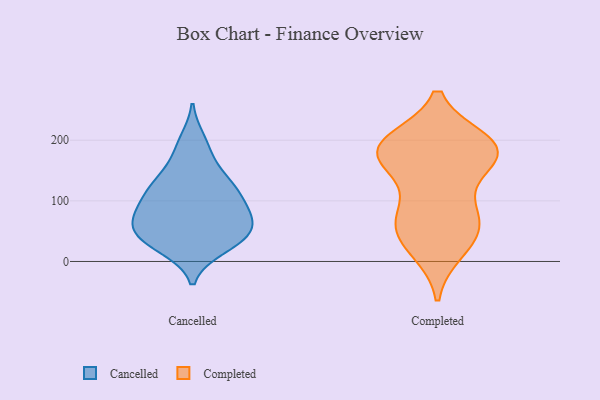
{"axis": {"x": "Headcount", "y": "Value"}, "legend": ["Cancelled", "Completed"], "data": [{"x": "", "y": 139, "type": "Cancelled"}, {"x": "", "y": 27, "type": "Cancelled"}, {"x": "", "y": 36, "type": "Cancelled"}, {"x": "", "y": 51, "type": "Cancelled"}, {"x": "", "y": 60, "type": "Cancelled"}, {"x": "", "y": 102, "type": "Cancelled"}, {"x": "", "y": 71, "type": "Cancelled"}, {"x": "", "y": 23, "type": "Cancelled"}, {"x": "", "y": 42, "type": "Cancelled"}, {"x": "", "y": 70, "type": "Cancelled"}, {"x": "", "y": 145, "type": "Cancelled"}, {"x": "", "y": 115, "type": "Cancelled"}, {"x": "", "y": 199, "type": "Cancelled"}, {"x": "", "y": 85, "type": "Cancelled"}, {"x": "", "y": 119, "type": "Cancelled"}, {"x": "", "y": 184, "type": "Cancelled"}, {"x": "", "y": 78, "type": "Cancelled"}, {"x": "", "y": 116, "type": "Cancelled"}, {"x": "", "y": 41, "type": "Cancelled"}, {"x": "", "y": 25, "type": "Completed"}, {"x": "", "y": 70, "type": "Completed"}, {"x": "", "y": 188, "type": "Completed"}, {"x": "", "y": 88, "type": "Completed"}, {"x": "", "y": 82, "type": "Completed"}, {"x": "", "y": 198, "type": "Completed"}, {"x": "", "y": 18, "type": "Completed"}, {"x": "", "y": 183, "type": "Completed"}, {"x": "", "y": 51, "type": "Completed"}, {"x": "", "y": 198, "type": "Completed"}, {"x": "", "y": 55, "type": "Completed"}, {"x": "", "y": 156, "type": "Completed"}, {"x": "", "y": 192, "type": "Completed"}, {"x": "", "y": 165, "type": "Completed"}, {"x": "", "y": 178, "type": "Completed"}, {"x": "", "y": 176, "type": "Completed"}]}